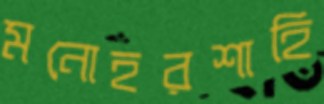
মনোহরশাহি